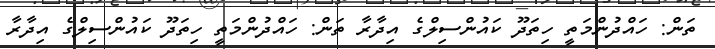
ތަން: ހައްދުންމަތީ ހިތަދޫ ކައުންސިލްގެ އިދާރާ ތަން: ހައްދުންމަތީ ހިތަދޫ ކައުންސިލްގެ އިދާރާ